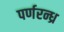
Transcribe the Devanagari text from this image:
पर्णरन्ध्र